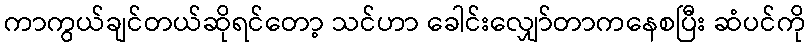
ကာကွယ်ချင်တယ်ဆိုရင်တော့ သင်ဟာ ခေါင်းလျှော်တာကနေစပြီး ဆံပင်ကို